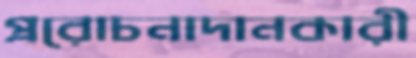
প্ররোচনাদানকারী